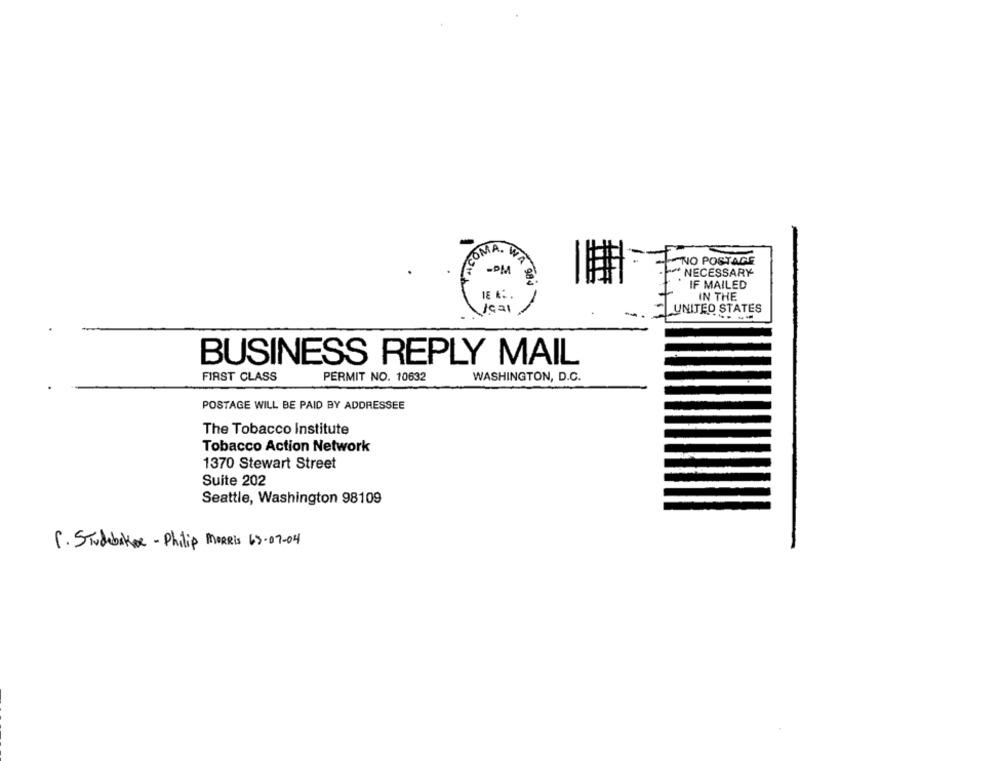
COMA
-NO POSTAGE
NECESSARY
-DM g
984
IF MAILED
1
IN THE
/cal
UNITED STATES
BUSINESS REPLY MAIL
FIRST CLASS
PERMIT NO. 10632
WASHINGTON, D.C.
POSTAGE WILL BE PAID BY ADDRESSEE
The Tobacco Institute
Tobacco Action Network
1370 Stewart Street
Suite 202
Seattle, Washington 98109
1. Studebaker - Philip MORRIS 63-07-04